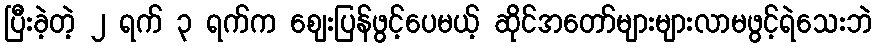
ပြီးခဲ့တဲ့ ၂ ရက် ၃ ရက်က ဈေးပြန်ဖွင့်ပေမယ့် ဆိုင်အတော်များများလာမဖွင့်ရဲသေးဘဲ